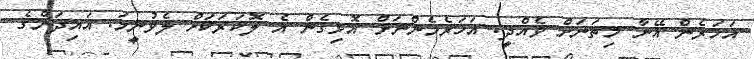
އަހަރެން އޭނާ މިތަނަށް ވެއްދީ. އަހަރެމެންނަށް އޮޅިގެން އެ ލޮކަރަކަށް ލެވުނީމަ. އައިދަންގެ